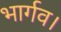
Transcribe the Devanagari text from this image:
भार्गव।